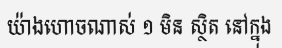
យ៉ាងហោចណាស់ ១ មិន ស្ថិត នៅក្នុង